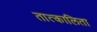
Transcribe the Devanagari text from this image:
तात्कालिता